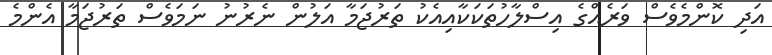
އަދި ކޮންމެވެސް ވަރެއްގެ އިސްލާހުތަކަކާއިއެކު ތަރުޖަމާ އަލުން ނެރުނު ނަމަވެސް ތަރުޖަމާ އެންމެ